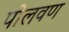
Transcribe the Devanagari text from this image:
पोलवण